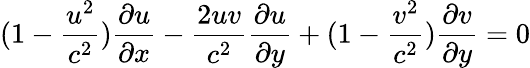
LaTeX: (1-\frac{u^{2}}{c^{2}})\frac{\partial u}{\partial x}-\frac{2uv}{c^{2}}\frac{\partial u}{\partial y}+(1-\frac{v^{2}}{c^{2}})\frac{\partial v}{\partial y}=0